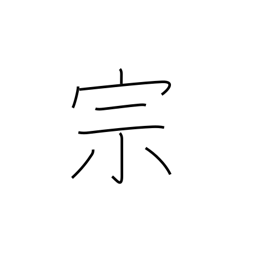
Meaning: sect